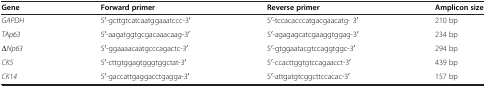
<table><thead><tr><td><b>Gene</b></td><td><b>Forward primer</b></td><td><b>Reverse primer</b></td><td><b>Amplicon size</b></td></tr></thead><tbody><tr><td><i>GAPDH</i></td><td>5<sup>′</sup>-gcttgtcatcaatggaaatccc-3<sup>′</sup></td><td>5<sup>′</sup>-tccacacccatgacgaacatg- 3<sup>′</sup></td><td>210 bp</td></tr><tr><td><i>TAp63</i></td><td>5<sup>′</sup>-aagatggtgcgacaaacaag-3<sup>′</sup></td><td>5<sup>′</sup>-agagagcatcgaaggtggag-3<sup>′</sup></td><td>234 bp</td></tr><tr><td><i>ΔNp63</i></td><td>5<sup>′</sup>-ggaaaacaatgcccagactc-3<sup>′</sup></td><td>5<sup>′</sup>-gtggaatacgtccaggtggc-3<sup>′</sup></td><td>294 bp</td></tr><tr><td><i>CK5</i></td><td>5<sup>′</sup>-cttgtggagtgggtggctat-3<sup>′</sup></td><td>5<sup>′</sup>-ccacttggtgtccagaacct-3<sup>′</sup></td><td>439 bp</td></tr><tr><td><i>CK14</i></td><td>5<sup>′</sup>-gaccattgaggacctgagga-3<sup>′</sup></td><td>5<sup>′</sup>-attgatgtcggcttccacac-3<sup>′</sup></td><td>157 bp</td></tr></tbody></table>